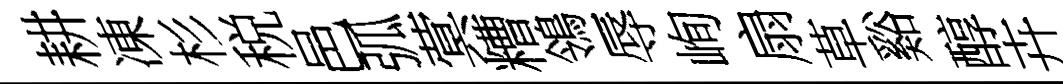
耕凍杉税邑弧蓂糟鴒辱峋扇草谿醇卉